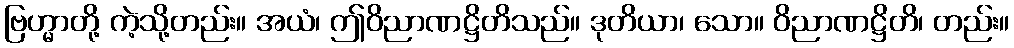
ဗြဟ္မာတို့ ကဲ့သို့တည်း။ အယံ၊ ဤဝိညာဏဋ္ဌိတိသည်။ ဒုတိယာ၊ သော။ ဝိညာဏဋ္ဌိတိ၊ တည်း။